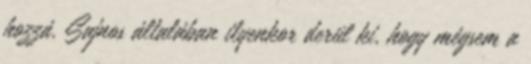
hozzá. Sajnos általában ilyenkor derül ki, hogy mégsem a